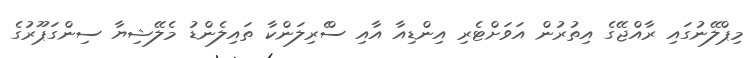
މިޕްލޭނުގައި ރާއްޖޭގެ އިތުރުން އަވަށްޓެރި އިންޑިއާ އާއި ސްެރިލަންކާ ތައިލެންޑު މެލޭޝިޔާ ސިންގަޕޫރުގެ